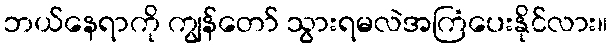
ဘယ်နေရာကို ကျွန်တော် သွားရမလဲအကြံပေးနိုင်လား။